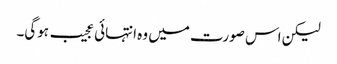
لیکن اس صورت میں وہ انتہائی عجیب ہوگی۔